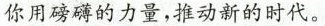
你用磅礴的力量，推动新的时代。